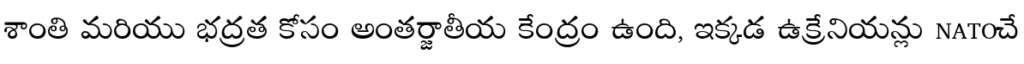
శాంతి మరియు భద్రత కోసం అంతర్జాతీయ కేంద్రం ఉంది, ఇక్కడ ఉక్రేనియన్లు NATOచే